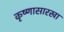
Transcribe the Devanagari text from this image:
कृष्णासारखा